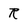
Character: R